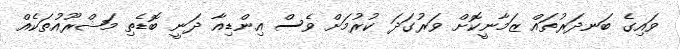
ވައިގެ ބަނދަރުތައް ޒަމާނީކޮށް ވަރުގަދަ ކުރުމަށް ވެސް އިންޑިއާ ދަނީ ބޮޑެތި މަޝްރޫއުތަކެއް